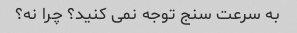
به سرعت سنج توجه نمی کنید؟ چرا نه؟